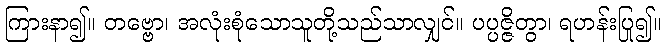
ကြားနာ၍။ တဗ္ဗော၊ အလုံးစုံသောသူတို့သည်သာလျှင်။ ပပ္ပဇ္ဇိတွာ၊ ရဟန်းပြု၍။